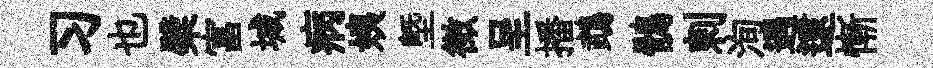
习也檗富城病姨塈徴呈播鵡鶻剌洵遇逮慚